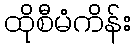
ထိုစီမံကိန်း